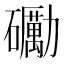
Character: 𥗠